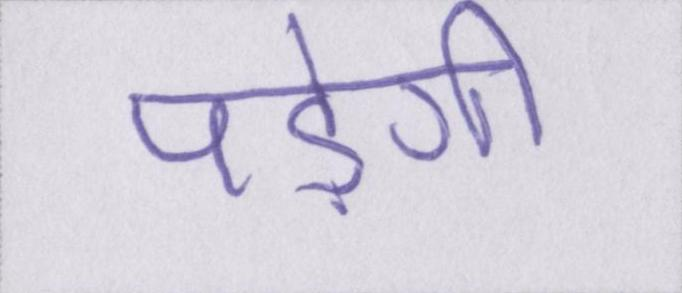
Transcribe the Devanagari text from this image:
पड़ेगी